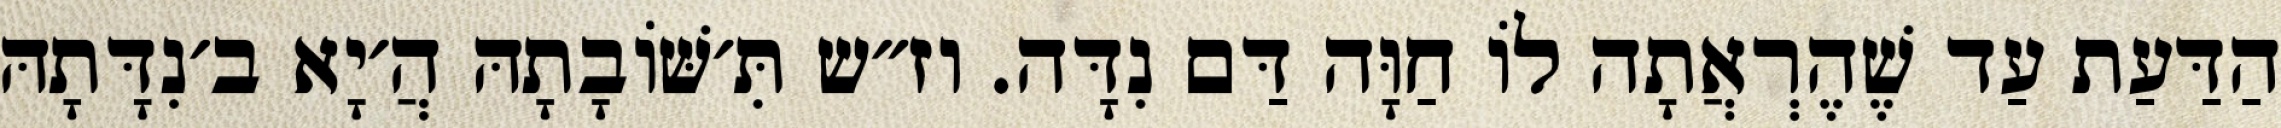
הַדַּעַת עַד שֶׁהֶרְאֲתָה לוֹ חַוָּה דַּם נִדָּה. וז״ש תִּ׳שּׁוֹבָתָהּ הֲ׳יָא ב׳נִדָּתָהּ